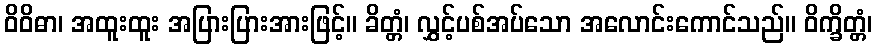
ဝိဝိဓာ၊ အထူးထူး အပြားပြားအားဖြင့်။ ခိတ္တံ၊ လွှင့်ပစ်အပ်သော အလောင်းကောင်သည်။ ဝိက္ခိတ္တံ၊